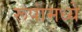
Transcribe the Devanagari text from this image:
रूपांमध्ये